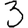
Digit: 3